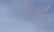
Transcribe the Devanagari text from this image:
रोबेर्व्हाल